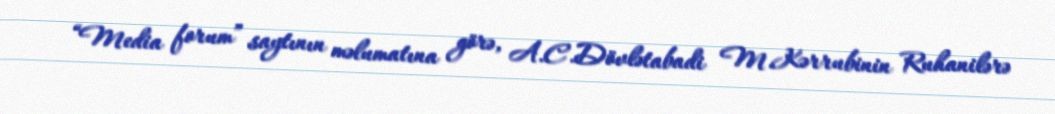
“Media forum” saytının məlumatına görə, A.C.Dövlətabadi M.Kərrubinin Ruhanilərə